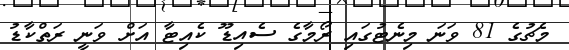
މެޗުގެ 81 ވަނަ މިނެޓުގައި ރޯމާގެ ސެއިޑޫ ކެއިޓާ އަށް ވަނީ ރަތްކާޑު